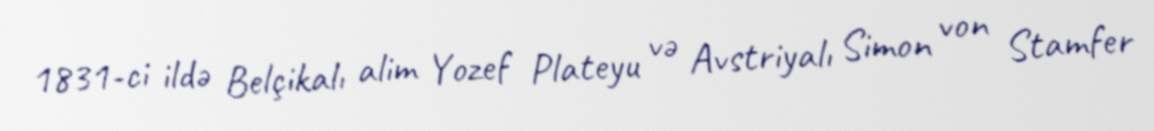
1831-ci ildə Belçikalı alim Yozef Plateyu və Avstriyalı Simon von Stamfer